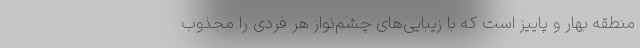
منطقه بهار و پاییز است که با زیبایی‌های چشم‌نواز هر فردی را مجذوب